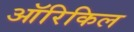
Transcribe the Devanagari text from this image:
ऑरिकिल